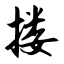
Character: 搂